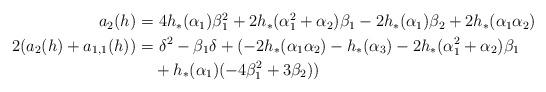
LaTeX: \begin{align*} \begin{aligned} a_2(h)=&~4h_*(\alpha_1)\beta_1^2+2h_*(\alpha_1^2+\alpha_2)\beta_1-2h_*(\alpha_1)\beta_2+2h_*(\alpha_1\alpha_2)\\ 2(a_2(h)+a_{1,1}(h))=&~\delta^2-\beta_1\delta+(-2h_*(\alpha_1\alpha_2)-h_*(\alpha_3) -2h_*(\alpha_1^2+\alpha_2)\beta_1\\& +h_*(\alpha_1)(-4\beta_1^2+3\beta_2)) \end{aligned}\end{align*}